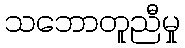
သဘောတူညီမှု